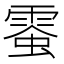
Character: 𩃪